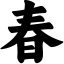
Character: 春